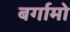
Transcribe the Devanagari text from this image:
बर्गामो